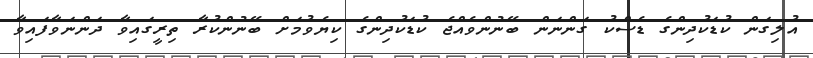
އުލިގަން ކުޑަކުދިންގެ ޑެސްކު ގަންނަން ބޭނުންވެއްޖެ ކުޑަކުދިންގެ ކިޔެވުމަށް ބޭނުންކުރާ ތިރީގައިވާ ދަންނަވާފައިވާ